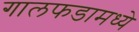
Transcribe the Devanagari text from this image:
गालफडामध्ये